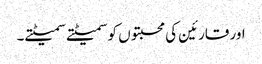
اور قارئین کی محبتوں کو سمیٹتے سمیٹتے۔